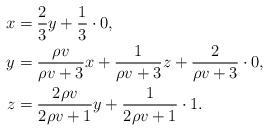
LaTeX: \begin{align*} \begin{aligned} x & = \frac{2}{3} y + \frac 13 \cdot 0,\\ y & = \frac{\rho v}{\rho v + 3} x + \frac{1}{\rho v + 3} z + \frac{2}{\rho v + 3}\cdot 0,\\ z & = \frac{2\rho v}{2\rho v + 1}y + \frac{1}{2\rho v +1}\cdot 1. \end{aligned} \end{align*}